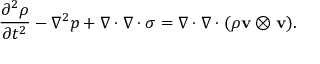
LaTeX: { \frac { \partial ^ { 2 } \rho } { \partial t ^ { 2 } } } - \nabla ^ { 2 } p + \nabla \cdot \nabla \cdot \sigma = \nabla \cdot \nabla \cdot ( \rho \mathbf { v } \otimes \mathbf { v } ) .